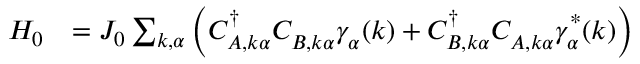
\begin{array} { r l } { H _ { 0 } } & { = J _ { 0 } \sum _ { k , \alpha } { \left( C _ { A , k \alpha } ^ { \dagger } C _ { B , k \alpha } ^ { \vphantom { \dagger } } \gamma _ { \vphantom { A } \alpha } ^ { \vphantom { \dagger } } ( k ) + C _ { B , k \alpha } ^ { \dagger } C _ { A , k \alpha } ^ { \vphantom { \dagger } } \gamma _ { \vphantom { A } \alpha } ^ { * \vphantom { \dagger } } ( k ) \right) } } \end{array}